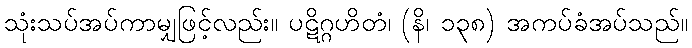
သုံးသပ်အပ်ကာမျှဖြင့်လည်း။ ပဋိဂ္ဂဟိတံ၊ (နိ၊ ၁၃၈) အကပ်ခံအပ်သည်။